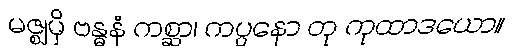
မဇ္ဈမှိ ဗန္ဓနံ ကစ္ဆာ၊ ကပ္ပနော တု ကုထာဒယော။